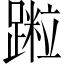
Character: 𨅀